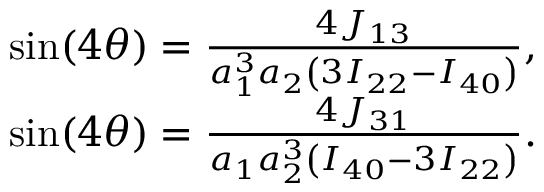
\begin{array} { r } { \sin ( 4 \theta ) = \frac { { 4 { J _ { 1 3 } } } } { { a _ { 1 } ^ { 3 } { a _ { 2 } } \left( { 3 { I _ { 2 2 } } - { I _ { 4 0 } } } \right) } } , } \\ { \sin ( 4 \theta ) = \frac { { 4 { J _ { 3 1 } } } } { { { a _ { 1 } } a _ { 2 } ^ { 3 } \left( { { I _ { 4 0 } } - 3 { I _ { 2 2 } } } \right) } } . } \end{array}